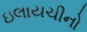
ઇલાયચીનો